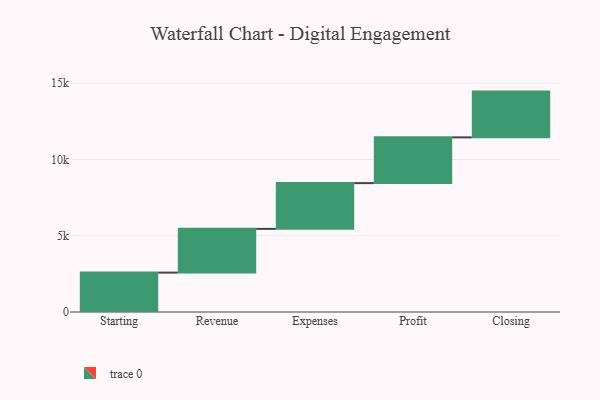
{"axis": {"x": "Step", "y": "Value"}, "legend": [""], "data": [{"x": "Starting", "y": 2583.0, "type": ""}, {"x": "Revenue", "y": 2867.0, "type": ""}, {"x": "Expenses", "y": 3000, "type": ""}, {"x": "Profit", "y": 3000, "type": ""}, {"x": "Closing", "y": 3000, "type": ""}]}